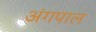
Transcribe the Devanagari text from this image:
अंगपाल